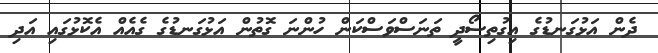
ދެން އަޅުގަނޑުގެ އިގުތިސޯދީ ތަނަސްވަސްކަން ހުންނަ ގޮތުން އަޅުގަނޑުގެ ގެއެއް އެކޮޅުގައި އަދި